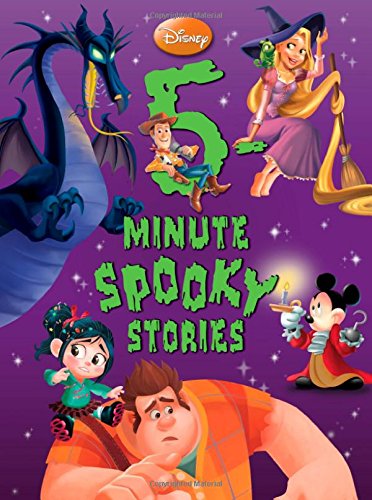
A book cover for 5-Minute Spooky Stories (5-Minute Stories); Disney Book Group; Children's Books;